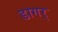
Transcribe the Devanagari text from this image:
डागर्